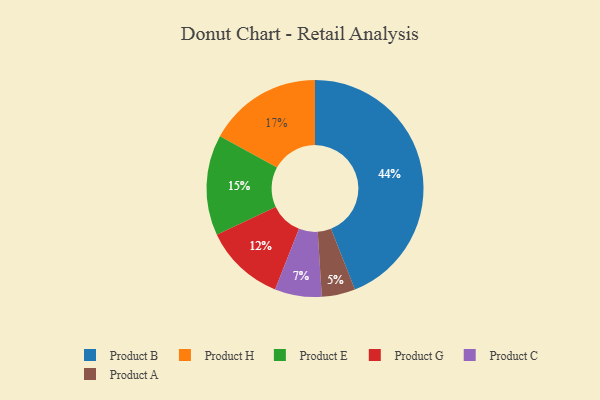
{"axis": {"x": "Category", "y": "Percentage"}, "legend": ["Product A", "Product B", "Product C", "Product E", "Product G", "Product H"], "data": [{"x": "Product C", "y": 7, "type": "Product C"}, {"x": "Product H", "y": 17, "type": "Product H"}, {"x": "Product E", "y": 15, "type": "Product E"}, {"x": "Product B", "y": 44, "type": "Product B"}, {"x": "Product A", "y": 5, "type": "Product A"}, {"x": "Product G", "y": 12, "type": "Product G"}]}